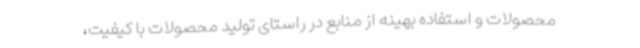
محصولات و استفاده بهینه از منابع در راستای تولید محصولات با کیفیت،